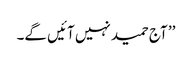
’’ آج حمید نہیں آئیں گے۔